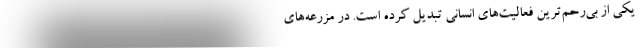
یکی از بی‌رحم‌ترین فعالیت‌های انسانی تبدیل کرده است. در مزرعه‌های